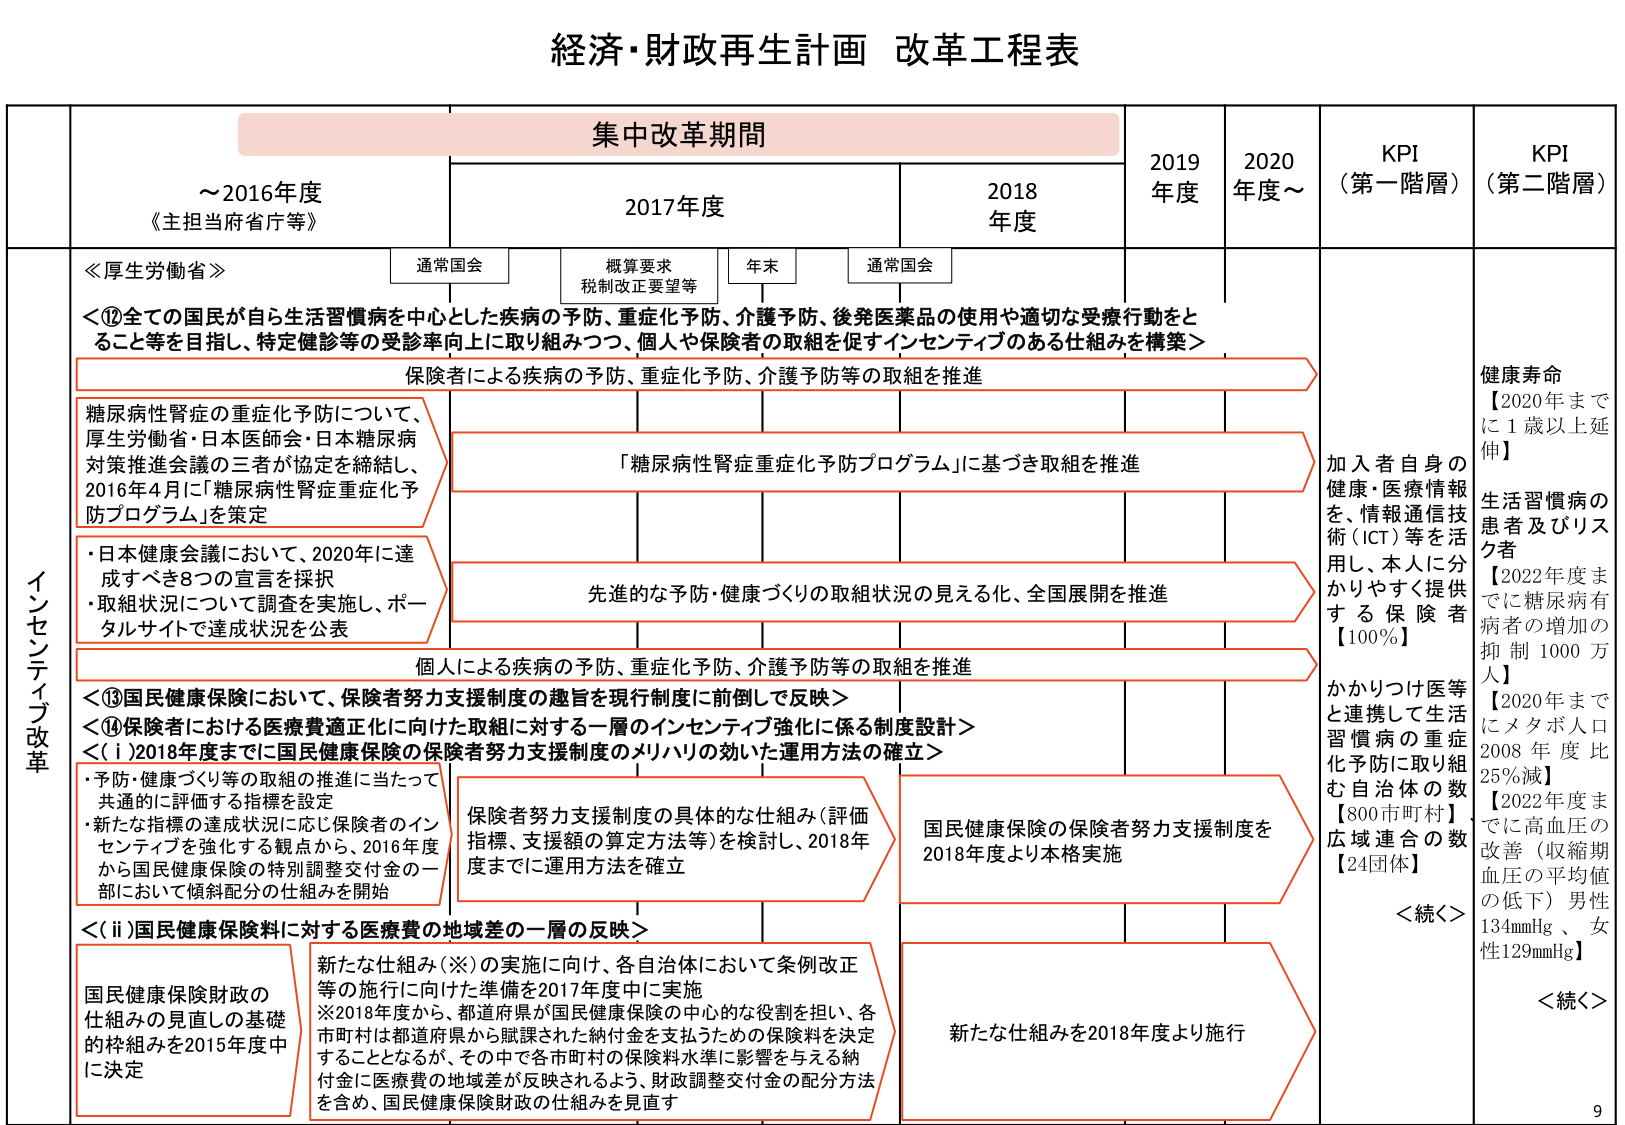
経済・財政再生計画 改革工程表

集中改革期間

～2016年度
《主担当府省庁等》

2017年度
通常国会
概算要求
税制改正要望等
年末
通常国会

2018年度

2019年度

2020年度～

KPI
（第一階層）

KPI
（第二階層）

インセンティブ改革

≪厚生労働省≫
＜⑫全ての国民が自ら生活習慣病を中心とした疾病の予防、重症化予防、介護予防、後発医薬品の使用や適切な受療行動をとること等を目指し、特定健診等の受診率向上に取り組みつつ、個人や保険者の取組を促すインセンティブのある仕組みを構築＞

保険者による疾病の予防、重症化予防、介護予防等の取組を推進

糖尿病性腎症の重症化予防について、
厚生労働省・日本医師会・日本糖尿病
対策推進会議の三者が協定を締結し、
2016年4月に「糖尿病性腎症重症化予
防プログラム」を策定

「糖尿病性腎症重症化予防プログラム」に基づき取組を推進

・日本健康会議において、2020年に達
成すべき8つの宣言を採択
・取組状況について調査を実施し、ポー
タルサイトで達成状況を公表

先進的な予防・健康づくりの取組状況の見える化、全国展開を推進

個人による疾病の予防、重症化予防、介護予防等の取組を推進

＜⑬国民健康保険において、保険者努力支援制度の趣旨を現行制度に前倒しで反映＞
＜⑭保険者における医療費適正化に向けた取組に対する一層のインセンティブ強化に係る制度設計＞
＜(i)2018年度までに国民健康保険の保険者努力支援制度のメリハリの効いた運用方法の確立＞

・予防・健康づくり等の取組の推進に当たって
共通的に評価する指標を設定
・新たな指標の達成状況に応じ保険者のイン
センティブを強化する観点から、2016年度
から国民健康保険の特別調整交付金の一部
において傾斜配分の仕組みを開始

保険者努力支援制度の具体的な仕組み（評価
指標、支援額の算定方法等）を検討し、2018年
度までに運用方法を確立

国民健康保険の保険者努力支援制度を
2018年度より本格実施

＜(ii)国民健康保険料に対する医療費の地域差の一層の反映＞

国民健康保険財政の
仕組みの見直しの基礎
的枠組みを2015年度中
に決定

新たな仕組み（※）の実施に向け、各自治体において条例改正
等の施行に向けた準備を2017年度中に実施
※2018年度から、都道府県が国民健康保険の中心的な役割を担い、各
市町村は都道府県から賦課された納付金を支払うための保険料を決定
することとなるが、その中で各市町村の保険料水準に影響を与える納
付金に医療費の地域差が反映されるよう、財政調整交付金の配分方法
を含め、国民健康保険財政の仕組みを見直す

新たな仕組みを2018年度より施行

加入者自身の
健康・医療情報
を、情報通信技
術（ICT）等を活
用し、本人に分
かりやすく提供
する 保険 者
【100％】

かかりつけ医等
と連携して生活
習慣病の重症
化予防に取り組
む 自治体 の 数
【800市町村】
広域連合の数
【24団体】

＜続く＞

健康寿命
【2020年まで
に1歳以上延
伸】

生活習慣病の
患者及びリスク
者
【2022年度ま
でに糖尿病有
病者の増加の
抑制 1000万
人】
【2020年まで
にメタボ人口
2008年度比
25％減】
【2022年度ま
でに高血圧の
改善（収縮期
血圧の平均値
の低下）男性
134mmHg、女
性129mmHg】

＜続く＞

9